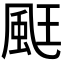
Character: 𮨧